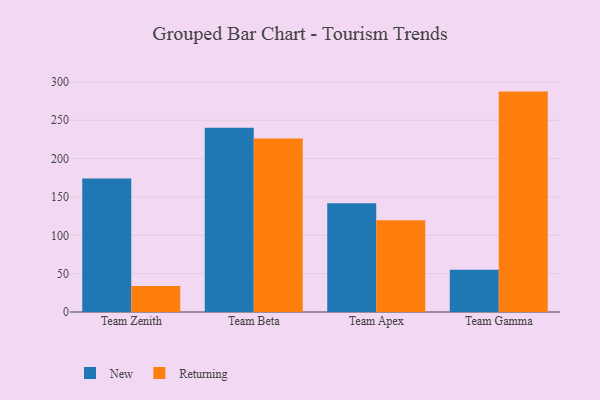
{"axis": {"x": "Team", "y": "Population (Million)"}, "legend": ["New", "Returning"], "data": [{"x": "Team Zenith", "y": 174.1, "type": "New"}, {"x": "Team Zenith", "y": 33.8, "type": "Returning"}, {"x": "Team Beta", "y": 240.3, "type": "New"}, {"x": "Team Beta", "y": 226.4, "type": "Returning"}, {"x": "Team Apex", "y": 141.8, "type": "New"}, {"x": "Team Apex", "y": 119.8, "type": "Returning"}, {"x": "Team Gamma", "y": 55.2, "type": "New"}, {"x": "Team Gamma", "y": 287.4, "type": "Returning"}]}